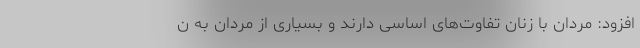
افزود: مردان با زنان تفاوت‌های اساسی دارند و بسیاری از مردان به ن